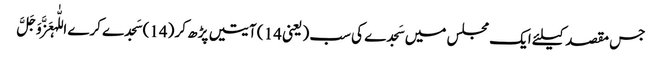
جس مقصد کیلئے ایک مجلس میں سَجدے کی سب ( یعنی 14 ) آیتیں پڑھ کر (14) سَجدے کرے اللّٰہعَزَّوَجَلَّ